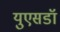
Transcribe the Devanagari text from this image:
युएसडॉ